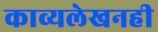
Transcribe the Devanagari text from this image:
काव्यलेखनही